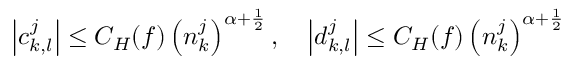
\left\vert c _ { k , l } ^ { j } \right\vert \leq C _ { H } ( \boldsymbol { f } ) \left( n _ { k } ^ { j } \right) ^ { \alpha + \frac { 1 } { 2 } } , \quad \left\vert d _ { k , l } ^ { j } \right\vert \leq C _ { H } ( \boldsymbol { f } ) \left( n _ { k } ^ { j } \right) ^ { \alpha + \frac { 1 } { 2 } }